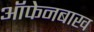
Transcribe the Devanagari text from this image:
ऑफेनबाख